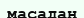
масадан